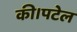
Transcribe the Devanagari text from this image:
की।पटेल